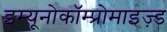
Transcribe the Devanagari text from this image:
इम्यूनोकॉम्प्रोमाइज़्ड